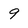
Character: 9